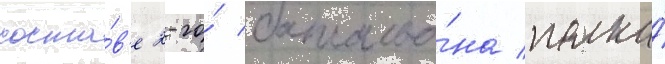
соста́в'е 2-го́ батальо́на полка́